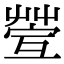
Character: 𦯥